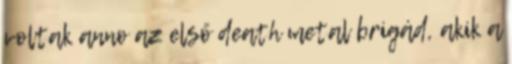
voltak anno az első death metal brigád, akik a